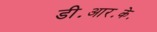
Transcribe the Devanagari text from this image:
डी॰आर॰के॰